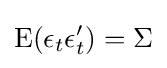
\mathrm {E} (\epsilon _{t}\epsilon _{t}')=\Sigma